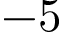
- 5